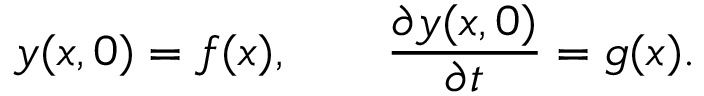
y ( x , 0 ) = f ( x ) , \qquad { \frac { \partial y ( x , 0 ) } { \partial t } } = g ( x ) .